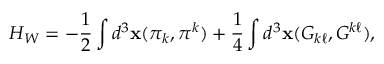
H _ { W } = - \frac { 1 } { 2 } \int d ^ { 3 } { \bf x } ( \pi _ { k } , \pi ^ { k } ) + \frac { 1 } { 4 } \int d ^ { 3 } { \bf x } ( G _ { k \ell } , G ^ { k \ell } ) ,